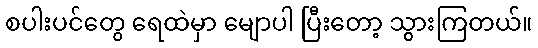
စပါးပင်တွေ ရေထဲမှာ မျောပါ ပြီးတော့ သွားကြတယ်။